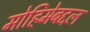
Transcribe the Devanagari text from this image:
मोहिमेबद्दल